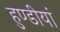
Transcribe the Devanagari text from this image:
हुण्डीयां